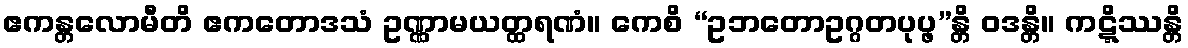
ဧကန္တလောမီတိ ဧကတောဒသံ ဥဏ္ဏာမယတ္ထရဏံ။ ကေစိ “ဥဘတောဥဂ္ဂတပုပ္ဖ”န္တိ ဝဒန္တိ။ ကဋ္ဋိဿန္တိ